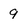
Character: 9